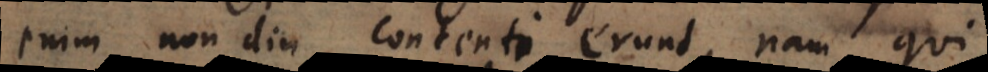
enim non diu contenti erunt, nam qui